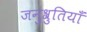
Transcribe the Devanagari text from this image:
जनुश्रुतियाँ